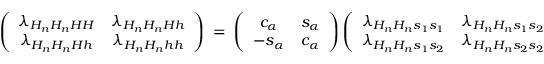
\left( \begin{array} { c c } { { \lambda _ { H _ { n } H _ { n } H H } } } & { { \lambda _ { H _ { n } H _ { n } H h } } } \\ { { \lambda _ { H _ { n } H _ { n } H h } } } & { { \lambda _ { H _ { n } H _ { n } h h } } } \end{array} \right) \ = \ \left( \begin{array} { c c } { { c _ { \alpha } } } & { { s _ { \alpha } } } \\ { { - s _ { \alpha } } } & { { c _ { \alpha } } } \end{array} \right) \left( \begin{array} { c c } { { \lambda _ { H _ { n } H _ { n } s _ { 1 } s _ { 1 } } } } & { { \lambda _ { H _ { n } H _ { n } s _ { 1 } s _ { 2 } } } } \\ { { \lambda _ { H _ { n } H _ { n } s _ { 1 } s _ { 2 } } } } & { { \lambda _ { H _ { n } H _ { n } s _ { 2 } s _ { 2 } } } } \end{array} \right) \left( \begin{array} { c c } { { c _ { \alpha } } } & { { - s _ { \alpha } } } \\ { { s _ { \alpha } } } & { { c _ { \alpha } } } \end{array} \right) ~ .